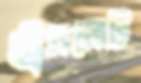
ট্রেমলেট